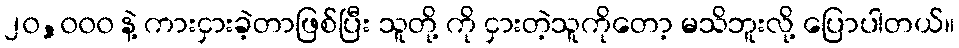
၂၀,၀၀၀ နဲ့ ကားငှားခဲ့တာဖြစ်ပြီး သူတို့ ကို ငှားတဲ့သူကိုတော့ မသိဘူးလို့ ပြောပါတယ်။